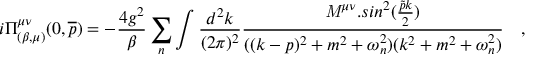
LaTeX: i \Pi _ { ( \beta , \mu ) } ^ { \mu \nu } ( 0 , \overline { { p } } ) = - \frac { 4 g ^ { 2 } } { \beta } \sum _ { n } \int \frac { d ^ { 2 } k } { ( 2 \pi ) ^ { 2 } } \frac { { \mathit { M } } ^ { \mu \nu } . s i n ^ { 2 } ( \frac { \tilde { p } k } { 2 } ) } { ( ( k - p ) ^ { 2 } + m ^ { 2 } + \omega _ { n } ^ { 2 } ) ( k ^ { 2 } + m ^ { 2 } + \omega _ { n } ^ { 2 } ) } ~ ~ ~ ,